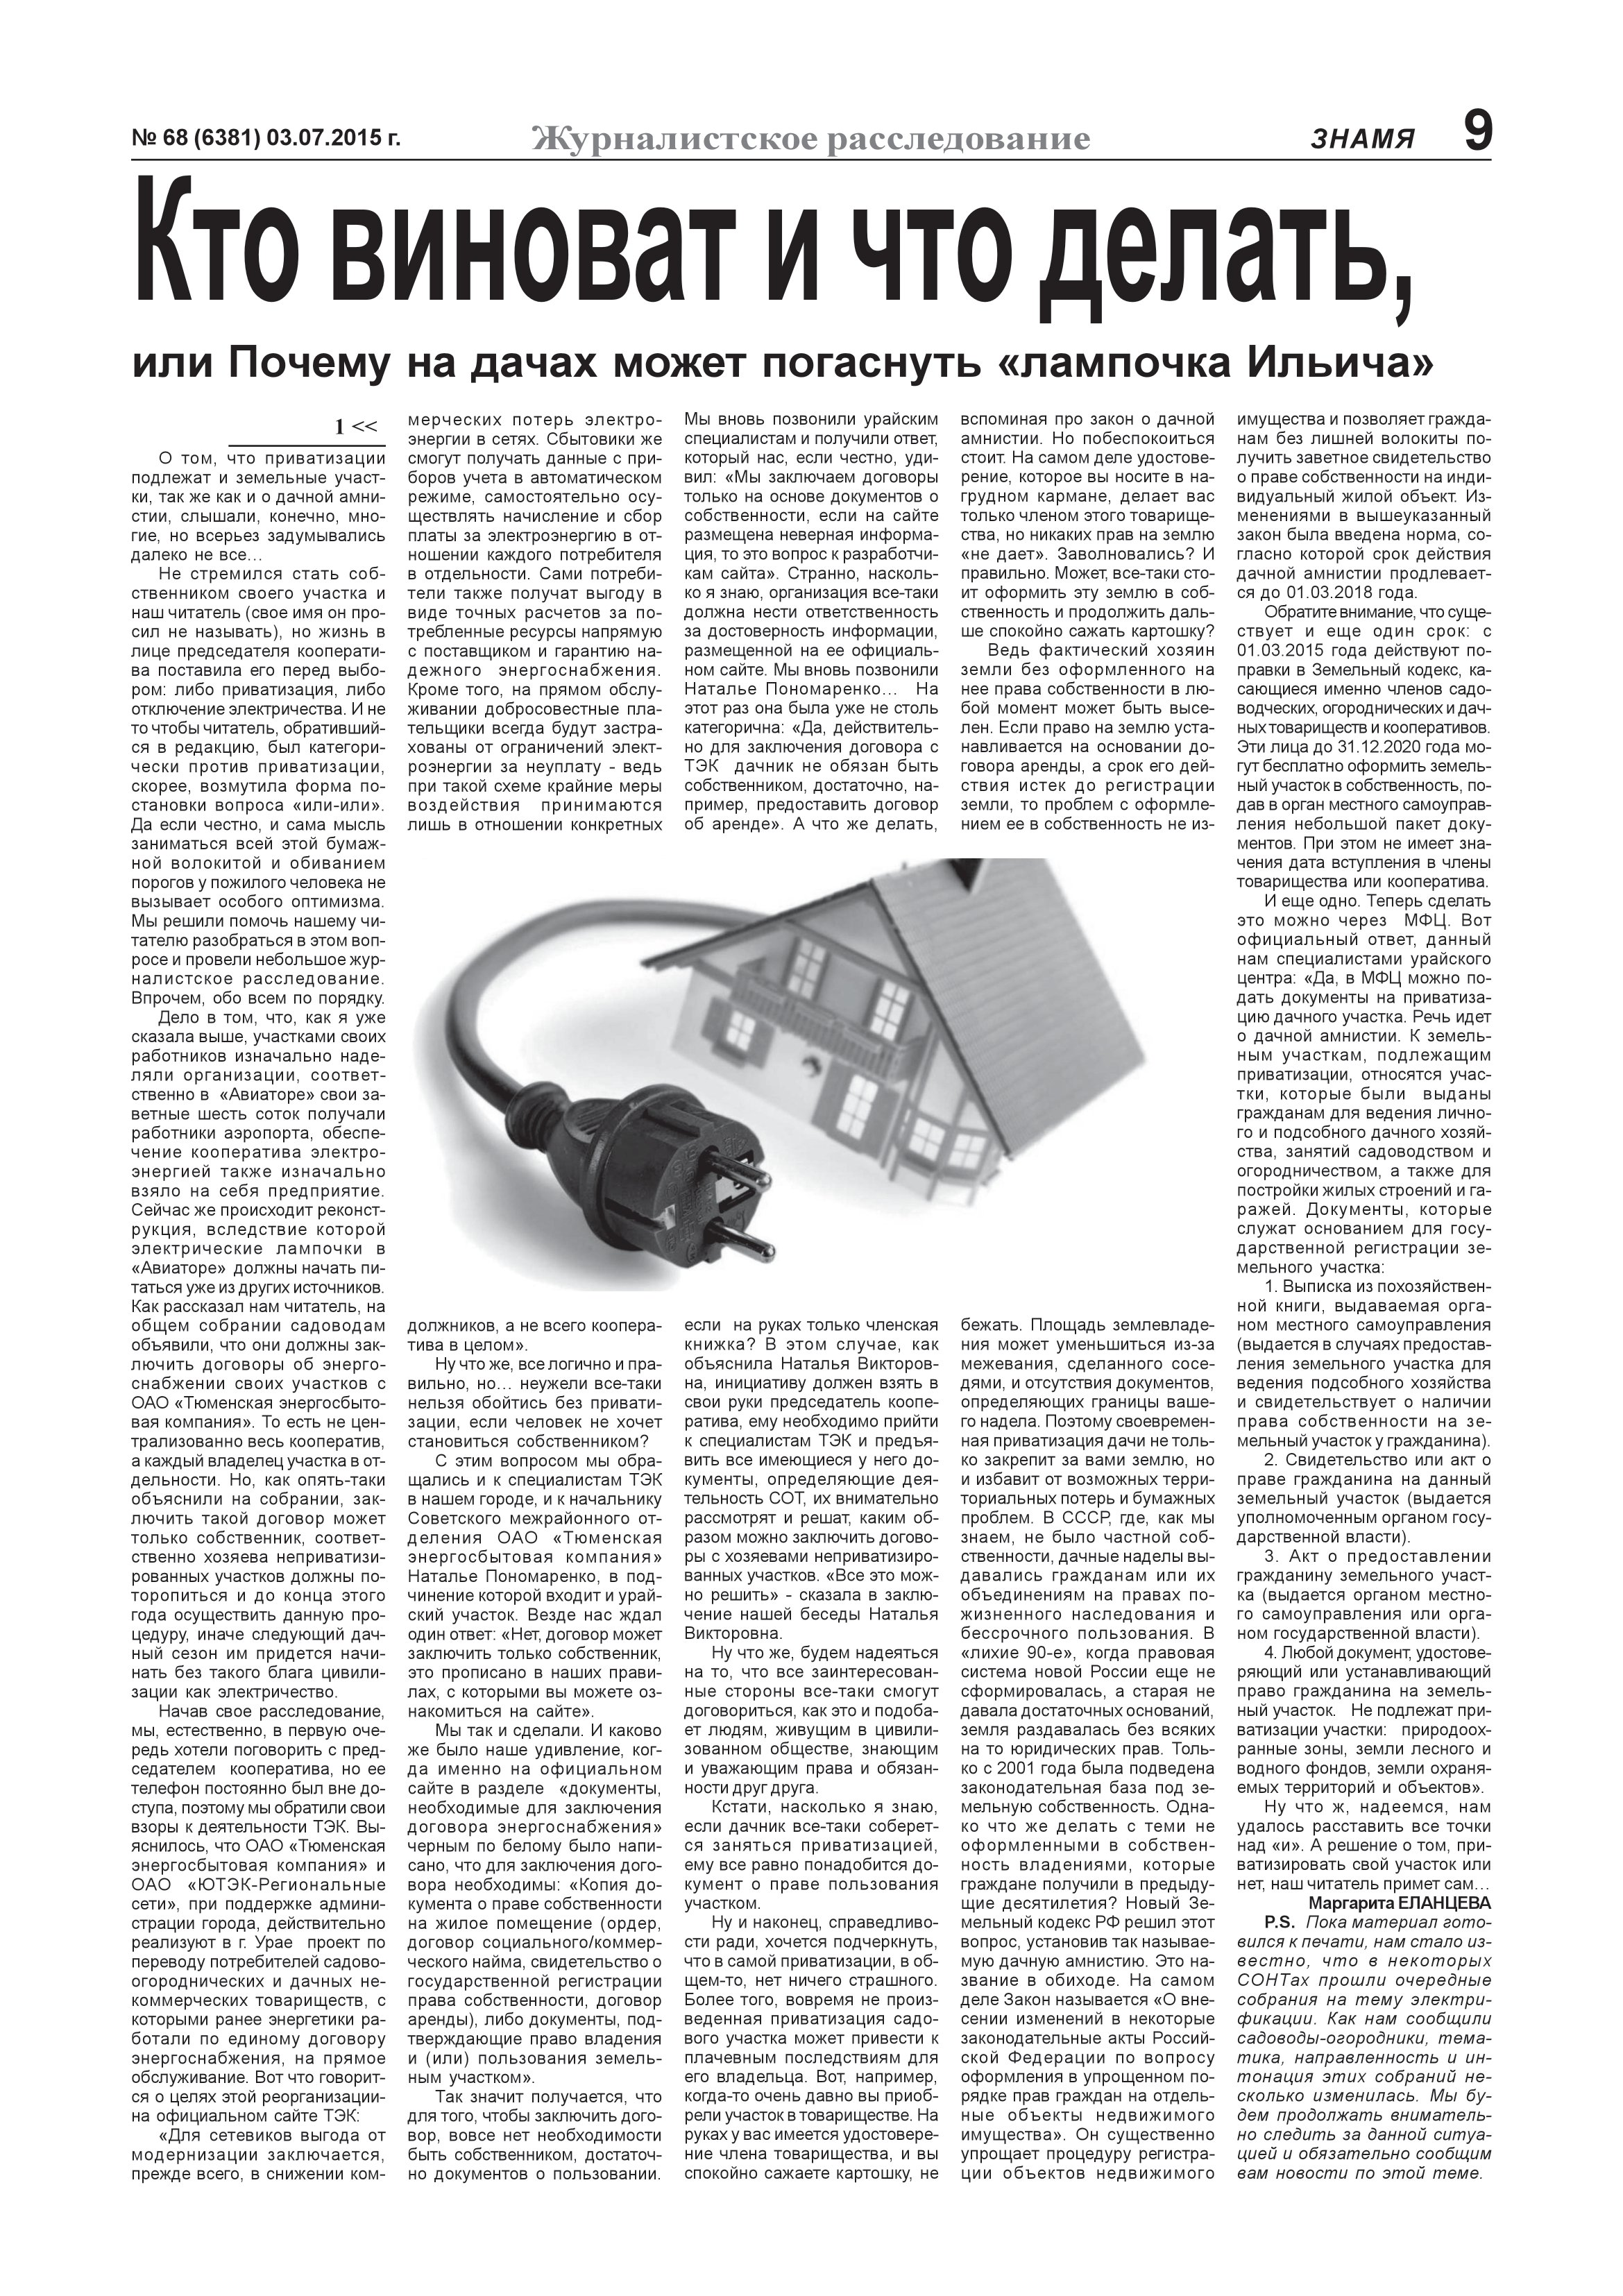
Language: ru